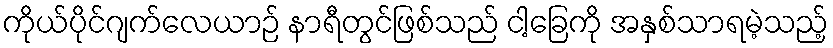
ကိုယ်ပိုင်ဂျက်လေယာဉ် နာရီတွင်ဖြစ်သည် ငါ့ခြေကို အနှစ်သာရမဲ့သည့်